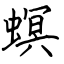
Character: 螟